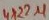
Text: 4x22µ